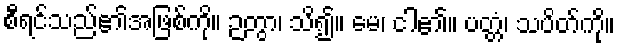
စီရင်သည်၏အဖြစ်ကို။ ဉတွာ၊ သိ၍။ မေ၊ ငါ၏။ ပတ္တံ၊ သပိတ်ကို။